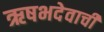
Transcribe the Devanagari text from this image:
ऋषभदेवाची